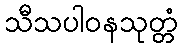
သီသပါဝနသုတ္တံ